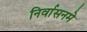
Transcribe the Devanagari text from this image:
निर्वासनमे